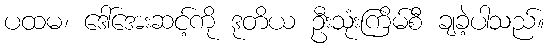
ပထမ၊ ဒေါ်အေးဆင့်ကို ဒုတိယ ဦးသုံးကြိမ်စီ ချခဲ့ပါသည်။